Senior Leaving Certificate Examination (including Day School Certificate (Higher) General paper), 1947
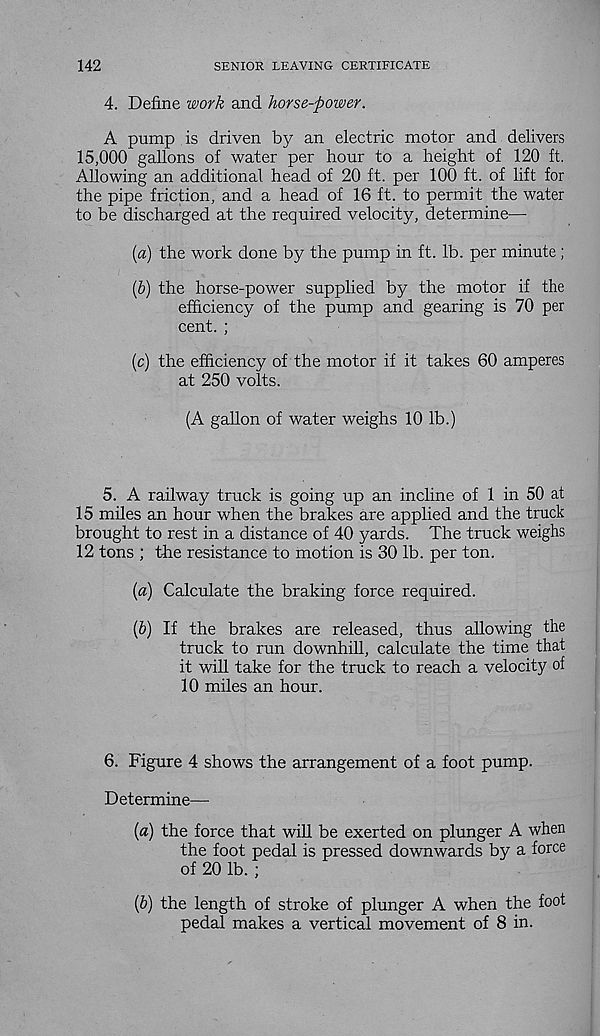
142
SENIOR LEAVING CERTIFICATE
4. Define work and horse-power.
A pump is driven by an electric motor and delivers
15,000 gallons of water per hour to a height of 120 ft.
Allowing an additional head of 20 ft. per 100 ft. of lift for
the pipe friction, and a head of 16 ft. to permit the water
to be discharged at the required velocity, determine—
(a) the work done by the pump in ft. lb. per minute;
(&) the horse-power supplied by the motor if the
efficiency of the pump and gearing is 70 per
cent. ;
(c) the efficiency of the motor if it takes 60 amperes
at 250 volts.
(A gallon of water weighs 10 lb.)
5. A railway truck is going up an incline of 1 in 50 at
15 miles an hour when the brakes are applied and the truck
brought to rest in a distance of 40 yards. The truck weighs
12 tons ; the resistance to motion is 30 lb. per ton.
(a) Calculate the braking force required.
(b) If the brakes are released, thus allowing the
truck to run downhill, calculate the time that
it will take for the truck to reach a velocity of
10 miles an hour.
6. Figure 4 shows the arrangement of a foot pump.
Determine—
(a) the force that will be exerted on plunger A when
the foot pedal is pressed downwards by a force
of 20 lb. ;
(b) the length of stroke of plunger A when the foot
pedal makes a vertical movement of 8 in.